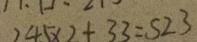
2 4 5 \times 2 + 3 3 = 5 2 3